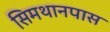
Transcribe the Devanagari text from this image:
सिमथानपास